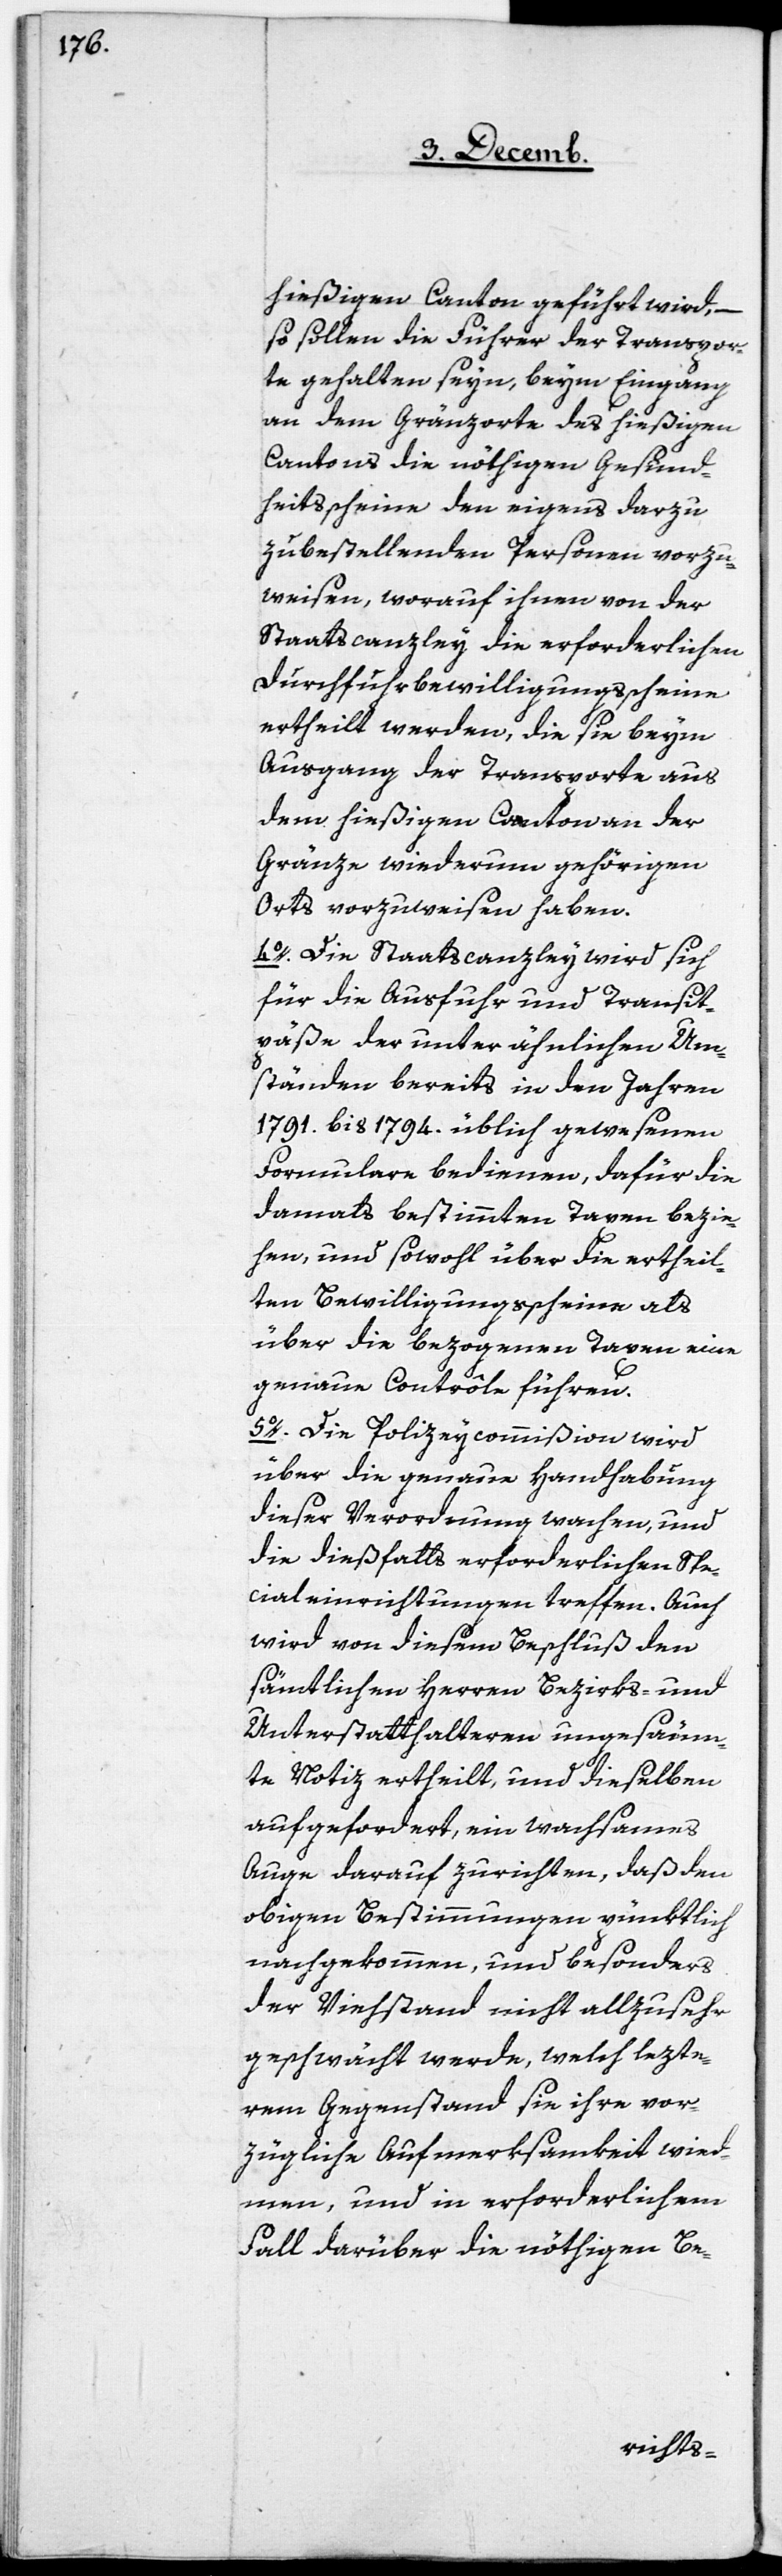
hießigen Canton geführt wird, –
so sollen die Führer der Transpor¬
te gehalten seyn, beym Eingang
an dem Gränzorte des hießigen
Cantons die nöthigen Gesund¬
heitsscheine den eigens darzu
zu bestellenden Personen vorzu¬
weisen, worauf ihnen von der
Staatscanzley die erforderlichen
Durchfuhrbewilligungsscheine
ertheilt werden, die sie beym
Ausgang der Transporte aus
dem hießigen Canton an der
Gränze wiederum gehörigen
Orts vorzuweisen haben.
4. Die Staatscanzley wird sich
für die Ausfuhr und Transit¬
päße der unter ähnlichen Um¬
ständen bereits in den Jahren
1791. bis 1794. üblich gewesenen
Formulare bedienen, dafür die
damals bestimmten Taxen bezie¬
hen, und sowohl über die ertheil¬
ten Bewilligungsscheine als
über die bezogenen Taxen eine
genaue Contrôle führen.
5. Die Polizeycommißion wird
über die genaue Handhabung
dieser Verordnung wachen, und
die dießfalls erforderlichen Spe¬
cialeinrichtungen treffen. Auch
wird von diesem Beschluß den
sämtlichen Herren Bezirks- und
Unterstatthalteren ungesäum¬
te Notiz ertheilt, und dieselben
aufgefordert, ein wachsames
Auge darauf zurichten, daß den
obigen Bestimmungen pünktlich
nachgekommen, und besonders
der Viehstand nicht allzusehr
geschwächt werde, welch lezte¬
rem Gegenstand sie ihre vor¬
zügliche Aufmerksamkeit wied¬
men, und in erforderlichem
Fall darüber die nöthigen Be-